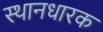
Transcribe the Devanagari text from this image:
स्थानधारक